Lunatic asylums in Bengal annual reports 1912-1924 - 1912-1924
Year: 1912
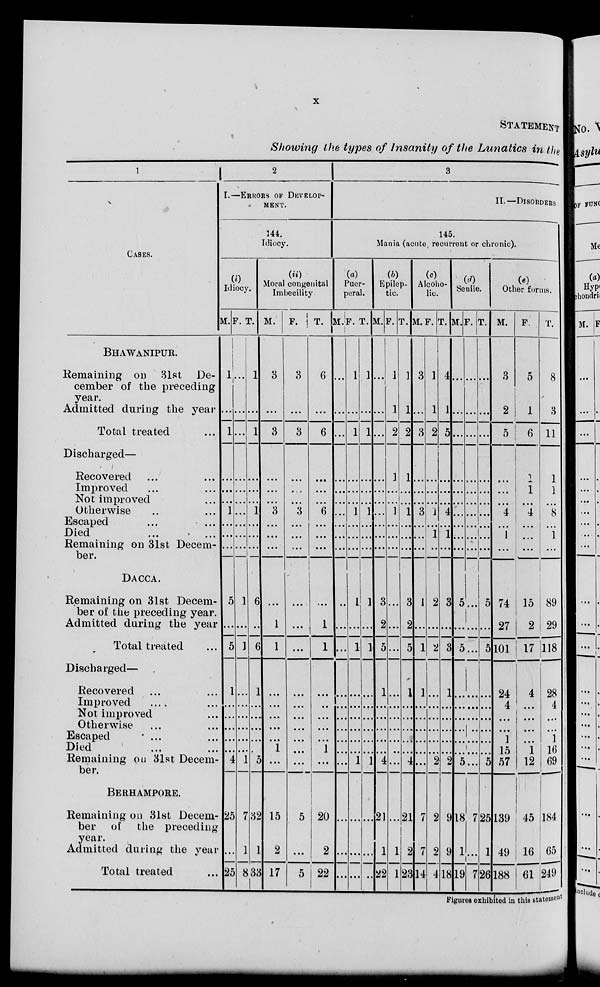
x
STATEMENT
Showing the types of Insanity of the Lunatics in the
1
CASES.
BHAWANIPUR.
Remaining on 31st De-
cember of the preceding
year.
Admitted during the year
Total treated ...
Discharged—
Recovered ... ...
Improved ... ...
Not improved ...
Otherwise ... ...
Escaped ... ...
Died ... ...
Remaining on 31st Decem-
ber.
DACCA.
Remaining on 31st Decem-
ber of the preceding year.
Admitted during the year
Total treated ...
Discharged—
Recovered ... ...
Improved ... ...
Not improved ...
Otherwise ... ...
Escaped ... ...
Died ... ...
Remaining on 31st Decem-
ber.
BERHAMPORE.
Remaining on 31st Decem-
ber of the preceding
year.
Admitted during the year
Total treated ...
2
I.—ERRORS OF DEVELOP-
MENT.
144.
Idiocy.
(i)
Idiocy.
M.
1
...
1
...
...
...
1
...
...
...
5
...
5
1
...
...
...
...
...
4
25
...
25
F.
...
...
...
...
...
...
...
...
...
...
1
...
1
...
...
...
...
...
...
1
7
1
8
T.
1
...
1
...
...
...
1
...
...
...
6
...
6
1
...
...
...
...
...
5
32
1
33
(ii)
Moral congenital
Imbecility
M.
3
...
3
...
...
...
3
...
...
...
...
1
1
...
...
...
...
...
1
...
15
2
17
F.
3
...
3
...
...
...
3
...
...
...
...
...
...
...
...
...
...
...
...
...
5
...
5
T.
6
...
6
...
...
...
6
...
...
...
...
1
1
...
...
...
...
...
1
...
20
2
22
3
II.— DISORDERS
145.
Mania (acute recurrent or chronic).
(a)
Puer-
peral.
M.
...
...
...
...
...
...
...
...
...
...
...
...
...
...
...
...
...
...
...
...
...
...
...
F.
1
...
1
...
...
...
1
...
...
...
1
...
1
...
...
...
...
...
...
1
...
...
...
T.
1
...
1
...
...
...
1
...
...
...
1
...
1
...
...
...
...
...
...
1
...
...
...
(b)
Epilep-
tic.
M.
...
...
...
...
...
...
...
...
...
...
3
2
5
1
...
...
...
...
...
4
21
1
22
F.
1
1
2
1
...
...
1
...
...
...
...
...
...
...
...
...
...
...
...
...
...
1
1
T.
1
1
2
1
...
...
1
...
...
...
3
2
5
1
...
...
...
...
...
4
21
2
23
(c)
Alcoho-
lic.
M.
3
...
3
...
...
...
3
...
...
...
1
...
1
1
...
...
...
...
...
...
7
7
14
F.
1
1
2
...
...
...
1
...
1
...
2
...
2
...
...
...
...
...
...
2
2
2
4
T.
4
1
5
...
...
...
4
...
1
...
3
...
3
1
...
...
...
...
...
2
9
9
18
(d)
Senile.
M.
...
...
...
...
...
...
...
...
...
...
5
...
5
...
...
...
...
...
...
5
18
1
19
F.
...
...
...
...
...
...
...
...
...
...
...
...
...
...
...
...
...
...
...
...
7
...
7
T.
...
...
...
...
...
...
...
...
...
...
5
...
5
...
...
...
...
...
...
5
25
1
26
(e)
Other forms.
M.
3
2
5
...
...
...
4
...
1
...
74
27
101
24
4
...
...
1
15
57
139
49
188
F.
5
1
6
1
1
...
4
...
...
...
15
2
17
4
...
...
...
...
1
12
45
16
61
T.
8
3
11
1
1
...
8
...
1
...
89
29
118
28
4
...
...
1
16
69
184
65
249
Figures exhibited in this statement